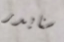
سنايدر